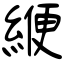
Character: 緶